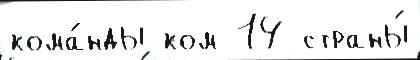
кома́нды ком 14 страны́